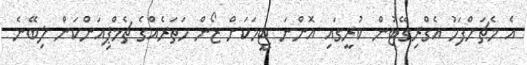
އެ މެޗަށްފަހު އެގްރިގޭޓުން ކުރީގައި އޮންނަ ޓީމަކަށް ޒޯން ހަތަރެއްގެ ޗެމްޕިއަންކަން ލިބޭނެ